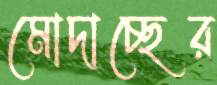
মোদাচ্ছের